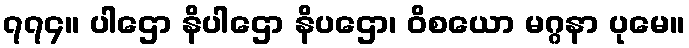
၇၇၄။ ပါဌော နိပါဌော နိပဌော၊ ဝိစယော မဂ္ဂနာ ပုမေ။